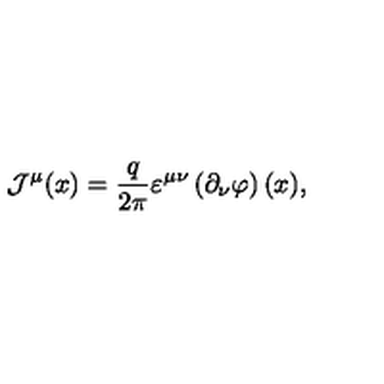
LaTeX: { \mathcal J } ^ { \mu } ( x ) = \frac { q } { 2 \pi } \varepsilon ^ { \mu \nu } \left( \partial _ { \nu } \varphi \right) ( x ) ,